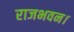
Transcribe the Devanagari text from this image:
राजभवन।